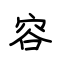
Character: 容